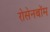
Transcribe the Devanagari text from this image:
रोसेनबॉम